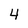
Character: 4